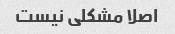
اصلا مشکلی نیست